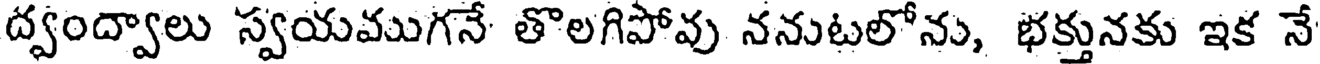
ద్వంద్వాలు స్వయముగనే తొలగిపోవు ననుటలోను, భక్తునకు ఇక నే